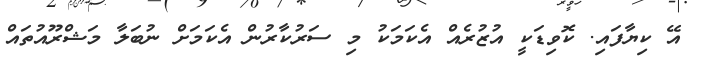
އޭ ކިޔާފައި. ކޮވިޑަކީ އުޒުރެއް އެކަމަކު މި ސަރުކާރުން އެކަމަށް ނުބަލާ މަޝްރޫއުތައް